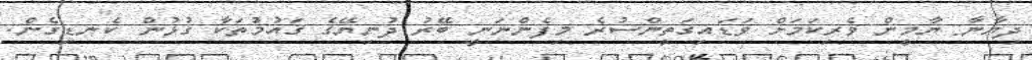
ދިޔާނާ: ޔާމީން ވެރިކަމަށް ވަޑައިގަތީންސުރެ މިފެންނަނީ ބޭރު ދުނިޔޭގެ ޤައުމުތަކާ ގުޅުން ކެނޑިގެން.